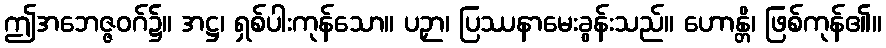
ဤအဘေဇ္ဇဝဂ်၌။ အဋ္ဌ၊ ရှစ်ပါးကုန်သော။ ပဉှာ၊ ပြဿနာမေးခွန်းသည်။ ဟောန္တိ၊ ဖြစ်ကုန်၏။